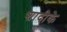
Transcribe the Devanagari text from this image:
शादीके